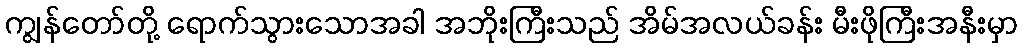
ကျွန်တော်တို့ ရောက်သွားသောအခါ အဘိုးကြီးသည် အိမ်အလယ်ခန်း မီးဖိုကြီးအနီးမှာ